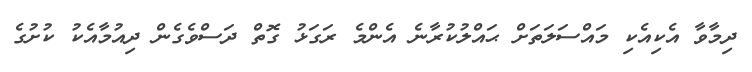
ދިމާވާ އެކިއެކި މައްސަލަތަށް ޙައްލުކުރާނެ އެންމެ ރަގަޅު ގޮތް ދަސްވެގެން ދިއުމާއެކު ކުށުގެ